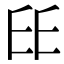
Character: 𠂩